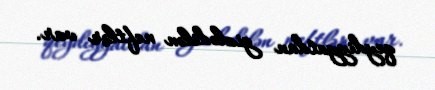
qeydiyyatdan gizlədilən neftlər var.